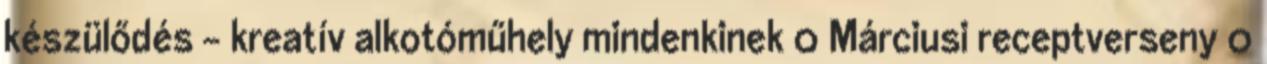
készülődés – kreatív alkotóműhely mindenkinek 0 Márciusi receptverseny 0